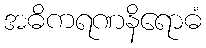
အဓိကရဏနိရောဓံ